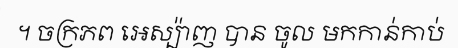
។ ចក្រភព អេស្ប៉ាញ បាន ចូល មកកាន់កាប់